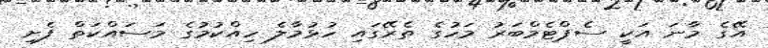
އޭގެ މާނަ އަކީ ސެޕްޓެމްބަރު މަހުގެ ތެރޭގައި ހުޅުމާލެ ހިއްކުމުގެ މަސައްކަތް ފެށި